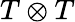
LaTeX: T\otimes T